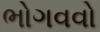
ભોગવવો